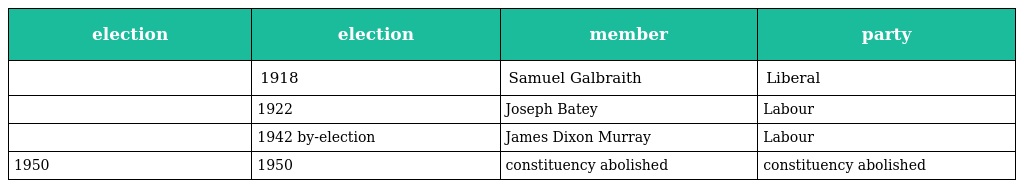
| election | election | member | party |
 | --- | --- | --- | --- |
 |  | 1918 | Samuel Galbraith | Liberal |
 |  | 1922 | Joseph Batey | Labour |
 |  | 1942 by-election | James Dixon Murray | Labour |
 | 1950 | 1950 | constituency abolished | constituency abolished |